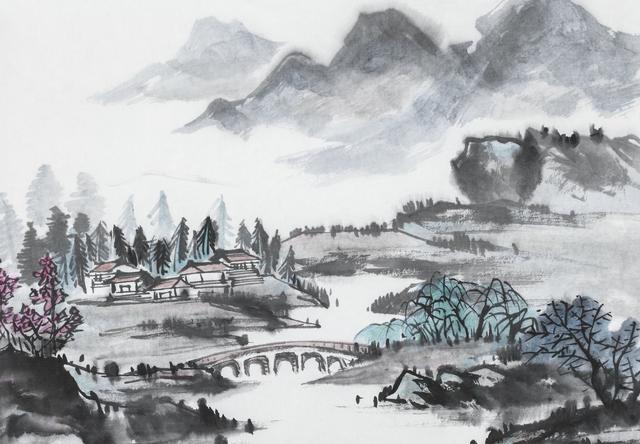
十年一觉扬州梦，赢得青楼薄幸名。